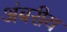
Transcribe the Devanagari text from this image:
अंबरीय